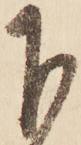
下